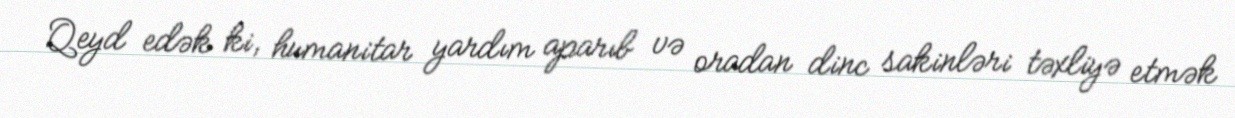
Qeyd edək ki, humanitar yardım aparıb və oradan dinc sakinləri təxliyə etmək